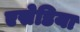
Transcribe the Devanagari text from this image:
एसेडिया